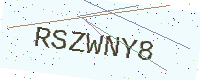
Text: RSZWNY8